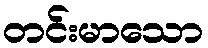
တင်းမာသော